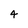
Character: 4